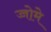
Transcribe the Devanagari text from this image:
च्चोमे